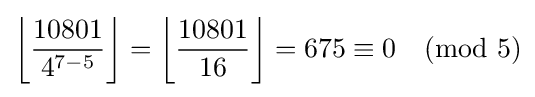
\left\lfloor {\frac {10801}{4^{7-5}}}\right\rfloor =\left\lfloor {\frac {10801}{16}}\right\rfloor =675\equiv 0{\pmod {5}}